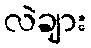
လဲချား